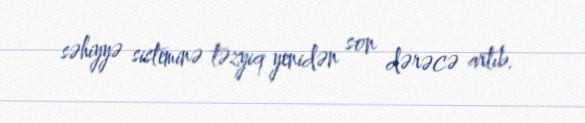
səhiyyə sisteminə təzyiq yenidən son dərəcə artıb.